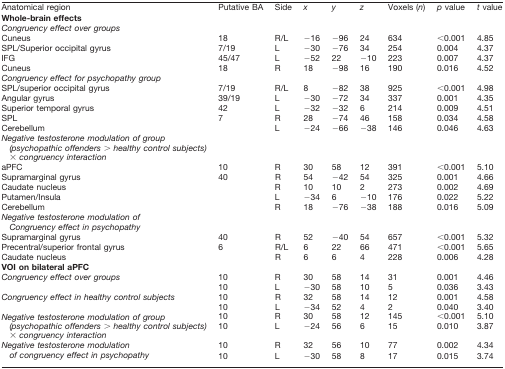
<table><thead><tr><td><b>Anatomical region</b></td><td><b>Putative BA</b></td><td><b>Side</b></td><td><b><i>x</i></b></td><td><b><i>y</i></b></td><td><b><i>z</i></b></td><td><b>Voxels (<i>n</i>)</b></td><td><b><i>p</i> value</b></td><td><b><i>t</i> value</b></td></tr></thead><tbody><tr><td><b>Whole-brain effects</b></td><td></td><td></td><td></td><td></td><td></td><td></td><td></td><td></td></tr><tr><td><i>Congruency effect over groups</i></td><td></td><td></td><td></td><td></td><td></td><td></td><td></td><td></td></tr><tr><td>Cuneus</td><td>18</td><td>R/L</td><td>−16</td><td>−96</td><td>24</td><td>634</td><td>&lt;0.001</td><td>4.85</td></tr><tr><td>SPL/Superior occipital gyrus</td><td>7/19</td><td>L</td><td>−30</td><td>−76</td><td>34</td><td>254</td><td>0.004</td><td>4.37</td></tr><tr><td>IFG</td><td>45/47</td><td>L</td><td>−52</td><td>22</td><td>−10</td><td>223</td><td>0.007</td><td>4.37</td></tr><tr><td>Cuneus</td><td>18</td><td>R</td><td>18</td><td>−98</td><td>16</td><td>190</td><td>0.016</td><td>4.52</td></tr><tr><td><i>Congruency effect for psychopathy group</i></td><td></td><td></td><td></td><td></td><td></td><td></td><td></td><td></td></tr><tr><td>SPL/superior occipital gyrus</td><td>7/19</td><td>R/L</td><td>8</td><td>−82</td><td>38</td><td>925</td><td>&lt;0.001</td><td>4.98</td></tr><tr><td>Angular gyrus</td><td>39/19</td><td>L</td><td>−30</td><td>−72</td><td>34</td><td>337</td><td>0.001</td><td>4.35</td></tr><tr><td>Superior temporal gyrus</td><td>42</td><td>L</td><td>−32</td><td>−32</td><td>6</td><td>214</td><td>0.009</td><td>4.51</td></tr><tr><td>SPL</td><td>7</td><td>R</td><td>28</td><td>−74</td><td>46</td><td>158</td><td>0.034</td><td>4.58</td></tr><tr><td>Cerebellum</td><td></td><td>L</td><td>−24</td><td>−66</td><td>−38</td><td>146</td><td>0.046</td><td>4.63</td></tr><tr><td><i>Negative testosterone modulation of group (psychopathic offenders &gt; healthy control subjects) × congruency interaction</i></td><td></td><td></td><td></td><td></td><td></td><td></td><td></td><td></td></tr><tr><td>aPFC</td><td>10</td><td>R</td><td>30</td><td>58</td><td>12</td><td>391</td><td>&lt;0.001</td><td>5.10</td></tr><tr><td>Supramarginal gyrus</td><td>40</td><td>R</td><td>54</td><td>−42</td><td>54</td><td>325</td><td>0.001</td><td>4.66</td></tr><tr><td>Caudate nucleus</td><td></td><td>R</td><td>10</td><td>10</td><td>2</td><td>273</td><td>0.002</td><td>4.69</td></tr><tr><td>Putamen/Insula</td><td></td><td>L</td><td>−34</td><td>6</td><td>−10</td><td>176</td><td>0.022</td><td>5.22</td></tr><tr><td>Cerebellum</td><td></td><td>R</td><td>18</td><td>−76</td><td>−38</td><td>188</td><td>0.016</td><td>5.09</td></tr><tr><td><i>Negative testosterone modulation of Congruency effect in psychopathy</i></td><td></td><td></td><td></td><td></td><td></td><td></td><td></td><td></td></tr><tr><td>Supramarginal gyrus</td><td>40</td><td>R</td><td>52</td><td>−40</td><td>54</td><td>657</td><td>&lt;0.001</td><td>5.32</td></tr><tr><td>Precentral/superior frontal gyrus</td><td>6</td><td>R/L</td><td>6</td><td>22</td><td>66</td><td>471</td><td>&lt;0.001</td><td>5.65</td></tr><tr><td>Caudate nucleus</td><td></td><td>R</td><td>6</td><td>6</td><td>4</td><td>228</td><td>0.006</td><td>4.28</td></tr><tr><td><b>VOI on bilateral aPFC</b></td><td></td><td></td><td></td><td></td><td></td><td></td><td></td><td></td></tr><tr><td><i>Congruency effect over groups</i></td><td>10</td><td>R</td><td>30</td><td>58</td><td>14</td><td>31</td><td>0.001</td><td>4.46</td></tr><tr><td></td><td>10</td><td>L</td><td>−30</td><td>58</td><td>10</td><td>5</td><td>0.036</td><td>3.43</td></tr><tr><td><i>Congruency effect in healthy control subjects</i></td><td>10</td><td>R</td><td>32</td><td>58</td><td>14</td><td>12</td><td>0.001</td><td>4.58</td></tr><tr><td></td><td>10</td><td>L</td><td>−34</td><td>52</td><td>4</td><td>2</td><td>0.040</td><td>3.40</td></tr><tr><td rowspan="2"><i>Negative testosterone modulation of group (psychopathic offenders &gt; healthy control subjects) × congruency interaction</i></td><td>10</td><td>R</td><td>30</td><td>58</td><td>12</td><td>145</td><td>&lt;0.001</td><td>5.10</td></tr><tr><td>10</td><td>L</td><td>−24</td><td>56</td><td>6</td><td>15</td><td>0.010</td><td>3.87</td></tr><tr><td rowspan="2"><i>Negative testosterone modulation of congruency effect in psychopathy</i></td><td>10</td><td>R</td><td>32</td><td>56</td><td>10</td><td>77</td><td>0.002</td><td>4.34</td></tr><tr><td>10</td><td>L</td><td>−30</td><td>58</td><td>8</td><td>17</td><td>0.015</td><td>3.74</td></tr></tbody></table>